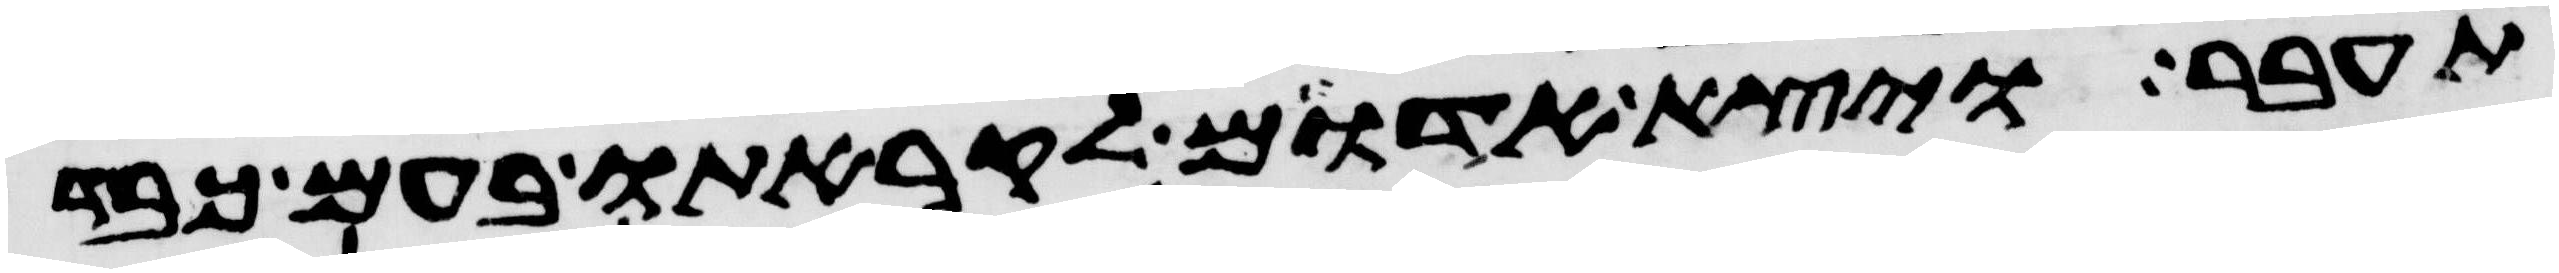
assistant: תעבר ויצא אדום לקראתו בעם כבד